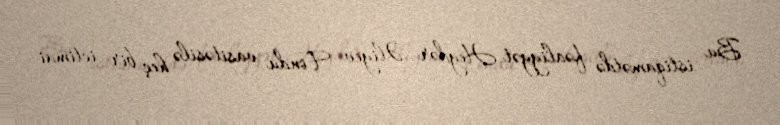
Bu istiqamətdə fəaliyyət Heydər Əliyev Fondu vasitəsilə heç bir ictimai